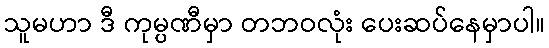
သူမဟာ ဒီ ကုမ္ပဏီမှာ တဘဝလုံး ပေးဆပ်နေမှာပါ။